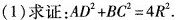
(1)求证：$$A D ^ { 2 } + B C ^{